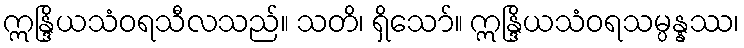
ဣန္ဒြိယသံဝရသီလသည်။ သတိ၊ ရှိသော်။ ဣန္ဒြိယသံဝရသမ္ပန္နဿ၊